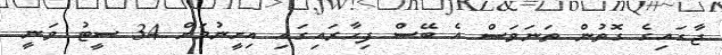
ޖާގައިގެ ގޮތުން ތަނަވަސް އެ ބޭސް ފިހާރައިގައި އިށީނުމަށް 34 ސީޓު ވަނީ